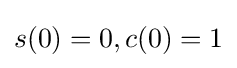
s(0)=0,c(0)=1